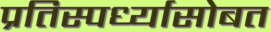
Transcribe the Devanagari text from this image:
प्रतिस्पर्ध्यासोबत